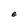
Character: e